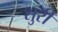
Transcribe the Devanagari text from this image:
शुरी